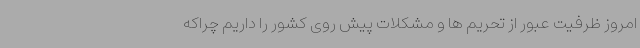
امروز ظرفیت عبور از تحریم ها و مشکلات پیش روی کشور را داریم چراکه